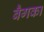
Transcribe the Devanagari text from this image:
बैगका